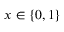
x \in \{ 0 , 1 \}